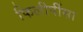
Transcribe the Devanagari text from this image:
फिलीपींसा